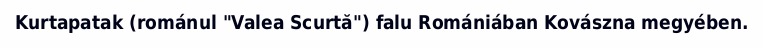
Kurtapatak (románul "Valea Scurtă") falu Romániában Kovászna megyében.